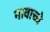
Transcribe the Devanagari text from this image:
नावाच्चे